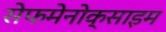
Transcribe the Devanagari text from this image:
सेफमेनोक्साइम